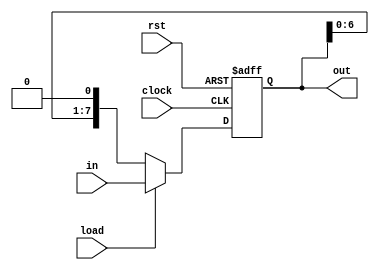
`timescale 1ns / 1ps

//8 bit parallel load shift register (serial out)
module shift_reg(input [7:0] in, input rst, clock, load, output reg [7:0] out);
always @(negedge rst or posedge clock)
begin
if (!rst)
out[7:0] <= 8'b0;
else if (load)
out[7:0]  <= in[7:0];  //parallel load (parallel input) when load = 1
else
out[7:0] <= {out[6:0], 1'b0};  //serial shift
end
endmodule